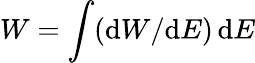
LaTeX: W=\int(\mathrm{d}W/\mathrm{d}E)\, \mathrm{d}E